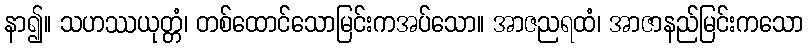
နာ၍။ သဟဿယုတ္တံ၊ တစ်ထောင်သောမြင်းကအပ်သော။ အာဇညရထံ၊ အာဇာနည်မြင်းကသော